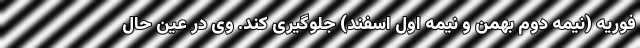
فوریه (نیمه دوم بهمن و نیمه اول اسفند) جلوگیری کند. وی در عین حال